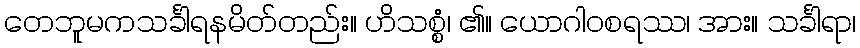
တေဘူမကသင်္ခါရနမိတ်တည်း။ ဟိသစ္စံ၊ ၏။ ယောဂါဝစရဿ၊ အား။ သင်္ခါရာ၊